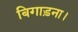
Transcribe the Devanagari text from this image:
बिगाड़ना।